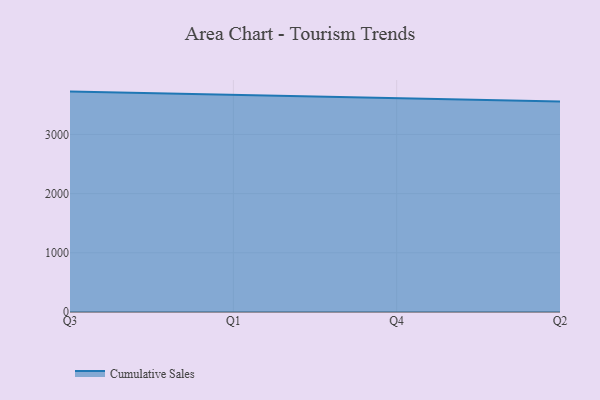
{"axis": {"x": "Quarter", "y": "Backlog"}, "legend": ["Cumulative Sales"], "data": [{"x": "Q3", "y": 3723.8, "type": "Cumulative Sales"}, {"x": "Q1", "y": 3668.2, "type": "Cumulative Sales"}, {"x": "Q4", "y": 3617.0, "type": "Cumulative Sales"}, {"x": "Q2", "y": 3558.2, "type": "Cumulative Sales"}]}